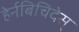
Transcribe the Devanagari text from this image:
हेर्नबिचिदेस्